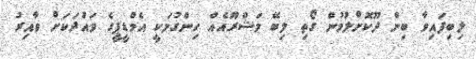
ލިބިފައިވާ ބިން ދޫކޮށްލުމުން ގޯތި ލިބޭ މަޝްރޫއެއް ހިންގުމަކީ އެމްޑީޕީގެ ވައުދަކަށް ވާއިރު